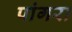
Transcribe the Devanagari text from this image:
पांगरा